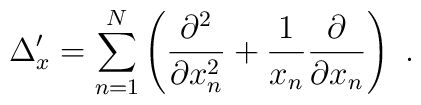
\Delta^{\prime}_x = \sum_{n=1}^N \left( \frac{\partial^2}{\partial    x^2_n} + \frac{1}{x_n}\frac{\partial}{\partial x_n}\right) \ .